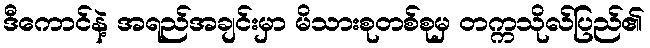
ဒီကောင်နဲ့ အရည်အချင်းမှာ မိသားစုတစ်စုမှ တက္ကသိုလ်ပြည်၏